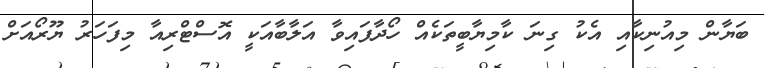
ބަޔާން މިއުނިކާއި އެކު ގިނަ ކާމިޔާބީތަކެއް ހޯދާފައިވާ އަލާބާއަކީ އޮސްޓްރިއާ މިފަހަރު ޔޫރޯއަށް